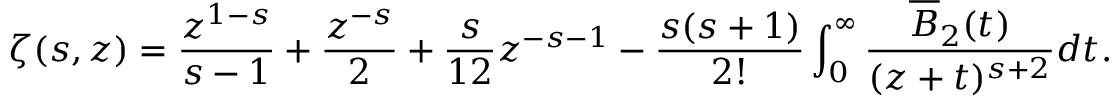
\zeta ( s , z ) = \frac { z ^ { 1 - s } } { s - 1 } + \frac { z ^ { - s } } { 2 } + \frac { s } { 1 2 } z ^ { - s - 1 } - \frac { s ( s + 1 ) } { 2 ! } \int _ { 0 } ^ { \infty } \frac { \overline { { { B } } } _ { 2 } ( t ) } { ( z + t ) ^ { s + 2 } } d t .